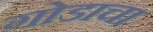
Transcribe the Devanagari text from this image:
गोडाचा